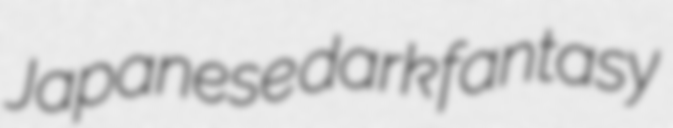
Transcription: Japanese dark fantasy